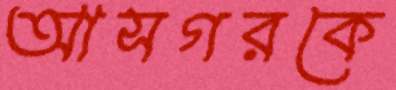
আসগরকে